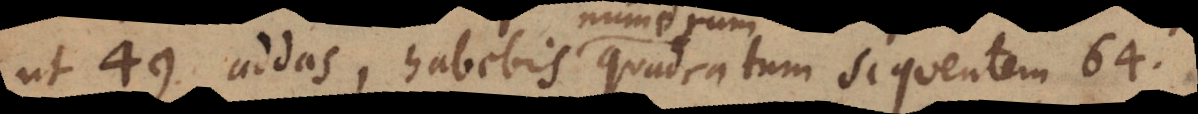
ut 49 addas, habebis quadratum sequentem 64.